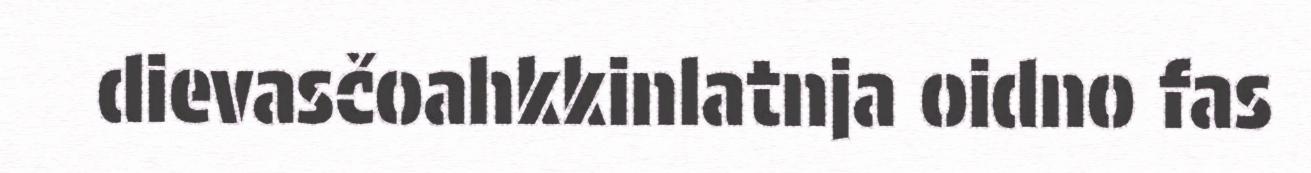
dievasčoahkkinlatnja oidno fas